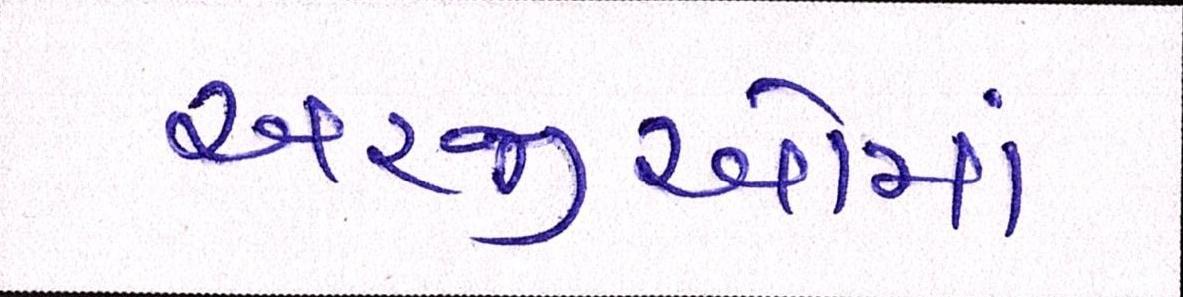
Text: અરજીઓમાં